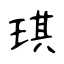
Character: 琪